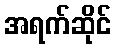
အရက်ဆိုင်